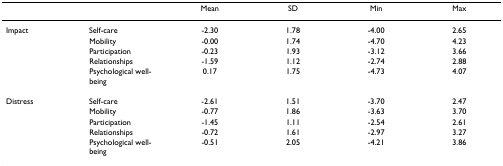
<table><thead><tr><td></td><td></td><td><b>Mean</b></td><td><b>SD</b></td><td><b>Min</b></td><td><b>Max</b></td></tr></thead><tbody><tr><td>Impact</td><td>Self-care</td><td>-2.30</td><td>1.78</td><td>-4.00</td><td>2.65</td></tr><tr><td></td><td>Mobility</td><td>-0.00</td><td>1.74</td><td>-4.70</td><td>4.23</td></tr><tr><td></td><td>Participation</td><td>-0.23</td><td>1.93</td><td>-3.12</td><td>3.66</td></tr><tr><td></td><td>Relationships</td><td>-1.59</td><td>1.12</td><td>-2.74</td><td>2.88</td></tr><tr><td></td><td>Psychological well-being</td><td>0.17</td><td>1.75</td><td>-4.73</td><td>4.07</td></tr><tr><td>Distress</td><td>Self-care</td><td>-2.61</td><td>1.51</td><td>-3.70</td><td>2.47</td></tr><tr><td></td><td>Mobility</td><td>-0.77</td><td>1.86</td><td>-3.63</td><td>3.70</td></tr><tr><td></td><td>Participation</td><td>-1.45</td><td>1.11</td><td>-2.54</td><td>2.61</td></tr><tr><td></td><td>Relationships</td><td>-0.72</td><td>1.61</td><td>-2.97</td><td>3.27</td></tr><tr><td></td><td>Psychological well-being</td><td>-0.51</td><td>2.05</td><td>-4.21</td><td>3.86</td></tr></tbody></table>